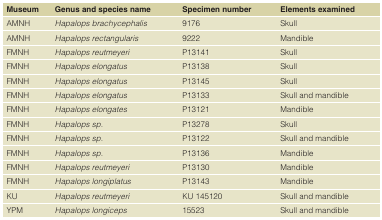
| Museum | Genus and species name | Specimen number | Elements examined |
 | --- | --- | --- | --- |
 | AMNH | Hapalops brachycephalis | 9176 | Skull |
 | AMNH | Hapalops rectangularis | 9222 | Mandible |
 | FMNH | Hapalops reutmeyeri | P13141 | Skull |
 | FMNH | Hapalops elongatus | P13138 | Skull |
 | FMNH | Hapalops elongatus | P13145 | Skull |
 | FMNH | Hapalops elongatus | P13133 | Skull and mandible |
 | FMNH | Hapalops elongates | P13121 | Mandible |
 | FMNH | Hapalops sp. | P13278 | Skull |
 | FMNH | Hapalops sp. | P13122 | Skull and mandible |
 | FMNH | Hapalops sp. | P13136 | Mandible |
 | FMNH | Hapalops reutmeyeri | P13130 | Mandible |
 | FMNH | Hapalops longiplatus | P13143 | Mandible |
 | KU | Hapalops reutmeyeri | KU 145120 | Skull and mandible |
 | YPM | Hapalops longiceps | 15523 | Skull and mandible |